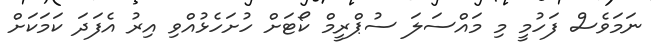
ނަމަވެސް ފަހުމީ މި މައްސަލަ ސުޕްރީމް ކޯޓަށް ހުށަހެޅުއްވި އިރު އެފަދަ ކަމަކަށް